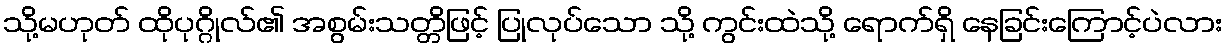
သို့မဟုတ် ထိုပုဂ္ဂိုလ်၏ အစွမ်းသတ္တိဖြင့် ပြုလုပ်သော သို့ ကွင်းထဲသို့ ရောက်ရှိ နေခြင်းကြောင့်ပဲလား